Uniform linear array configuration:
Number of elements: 12
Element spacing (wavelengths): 0.75
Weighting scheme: kaiser
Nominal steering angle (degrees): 0
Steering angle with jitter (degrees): -0.1191
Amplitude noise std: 0.05
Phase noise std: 0.05

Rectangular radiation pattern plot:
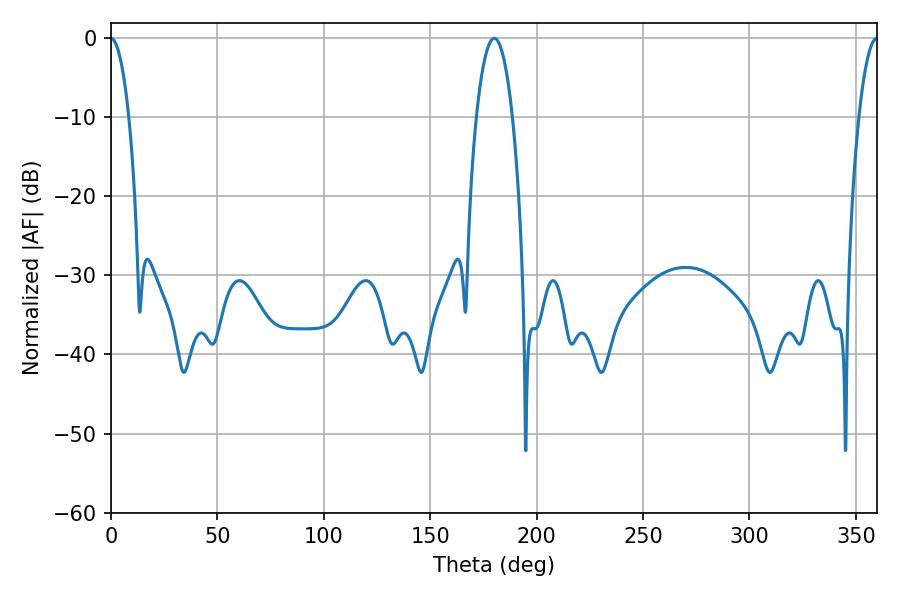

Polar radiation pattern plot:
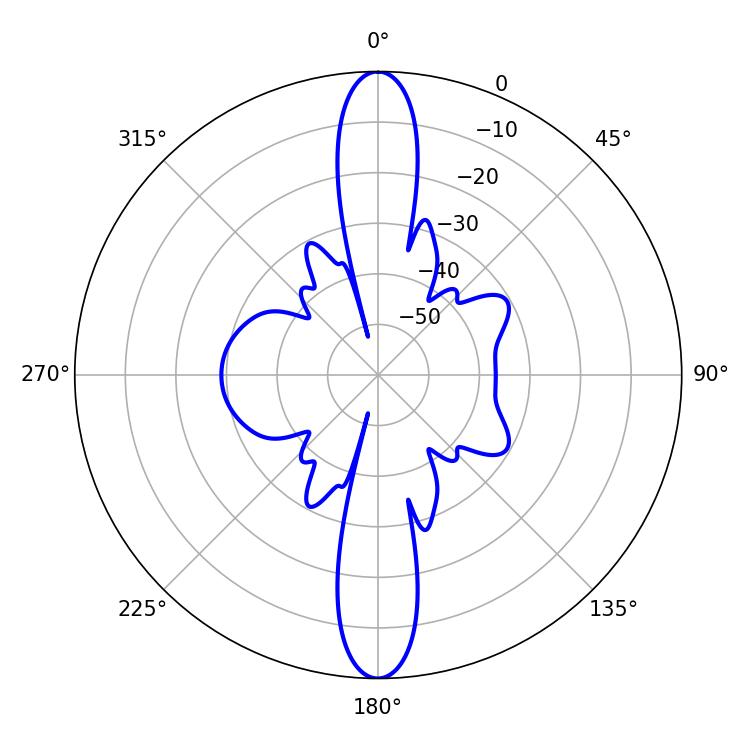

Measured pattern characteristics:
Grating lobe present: TRUE
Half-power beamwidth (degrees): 4.68
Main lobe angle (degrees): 0